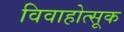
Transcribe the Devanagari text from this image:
विवाहोत्सूक